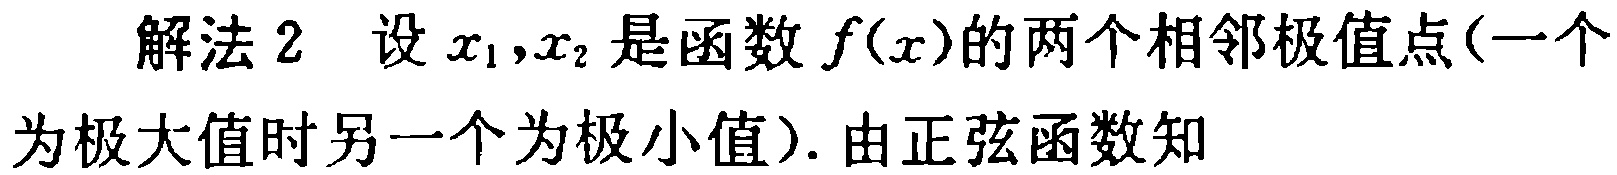
解法 2 设 \(x_1,x_2\) 是函数 \(f(x)\) 的两个相邻极值点(一个为极大值时另一个为极小值). 由正弦函数知